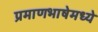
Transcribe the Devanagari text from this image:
प्रमाणभाषेमध्ये